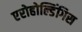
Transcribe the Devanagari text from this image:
एरोहोल्डिंगिस